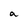
Character: a